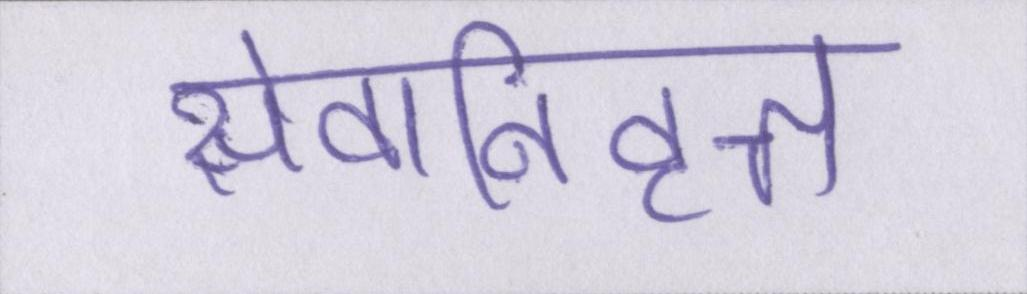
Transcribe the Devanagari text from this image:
सेवानिवृत्त